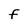
Character: F